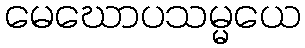
မေဃောပသမ္မယေ